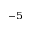
^ { - 5 }